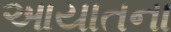
આયાતના